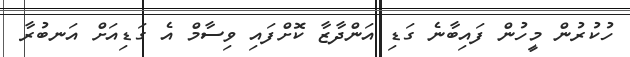
ހުކުރުން މީހުން ފައިބާނެ ގަޑި އަންދާޒާ ކޮށްފައި ވިސާމް އެ ގަޑިއަށް އަނބުރާ